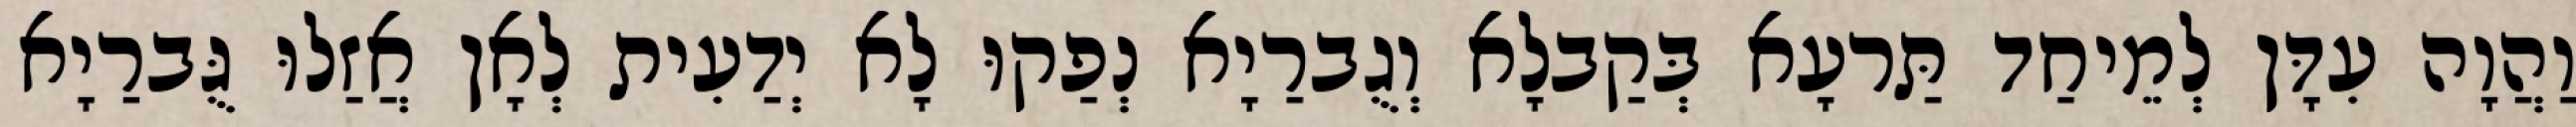
וַהֲוָה עִדָּן לְמֵיחַד תַּרעָא בְּקַבלָא וְגֻברַיָא נְפַקוּ לָא יְדַעִית לְאָן אֲזַלוּ גֻּברַיָא